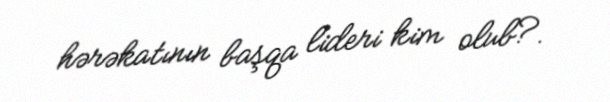
hərəkatının başqa lideri kim olub?.